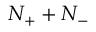
N _ { + } + N _ { - }